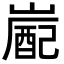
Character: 嶏